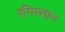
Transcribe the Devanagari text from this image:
रगिस्तान